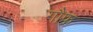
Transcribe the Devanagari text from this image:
गौफ